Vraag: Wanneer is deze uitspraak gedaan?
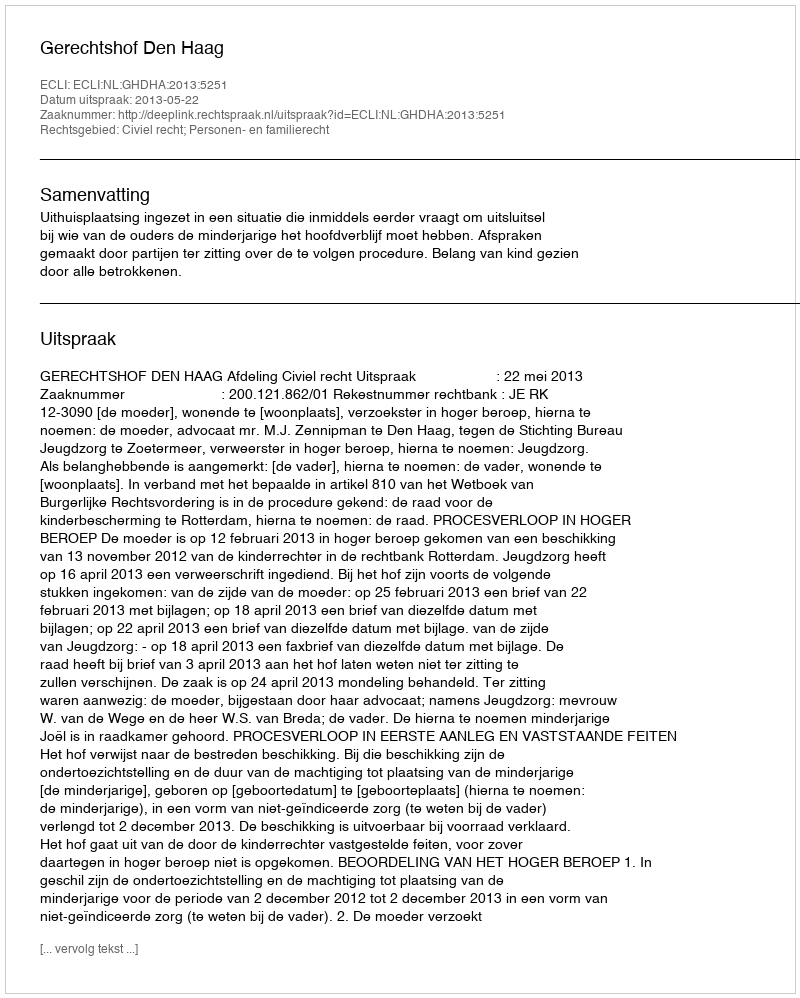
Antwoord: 2013-05-22